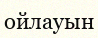
ойлауын